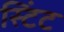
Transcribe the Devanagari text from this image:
स्टिंट